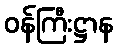
ဝန်ကြီးဋ္ဌာန